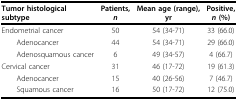
| Tumor histologicalsubtype | Patients,n | Mean age (range),yr | Positive,n (%) |
 | --- | --- | --- | --- |
 | Endometrial cancer | 50 | 54 (34-71) | 33 (66.0) |
 | Adenocancer | 44 | 54 (34-71) | 29 (66.0) |
 | Adenosquamous cancer | 6 | 49 (34-57) | 4 (66.7) |
 | Cervical cancer | 31 | 46 (17-72) | 19 (61.3) |
 | Adenocancer | 15 | 40 (26-56) | 7 (46.7) |
 | Squamous cancer | 16 | 50 (17-72) | 12 (75.0) |